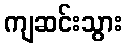
ကျဆင်းသွား